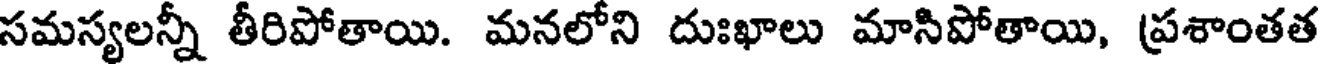
సమస్యలన్నీ తీరిపోతాయి. మనలోని దుఃఖాలు మాసిపోతాయి, ప్రశాంతత